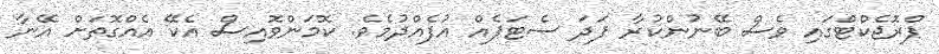
ޕްރޮޖެކްޓްގައި ވެސް ބޭނުންކުރާ ފަދަ ސެޓަޕެއް އުފެއްދުމެވެ. ކޮމަންވޮއިސް އެކޭ އެއްގޮތަށް އޭނާ